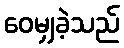
ဝေမျှခဲ့သည်